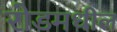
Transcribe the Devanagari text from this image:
रोडमधील